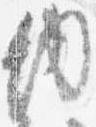
内